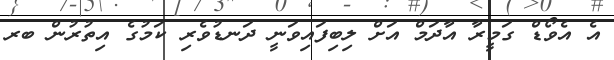
އެ އެވޯޑް ގަމީރާ އާދަމް އަށް ލިބިފައިވަނީ ދަނޑުވެރި ކަމުގެ އިތުރުން ބރ